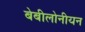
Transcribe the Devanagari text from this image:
बेबीलोनीयन